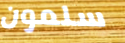
سلمون